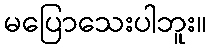
မပြောသေးပါဘူး။